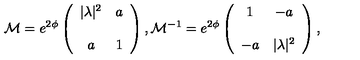
{ \cal M } = e ^ { 2 \phi } \left( \begin{array} { c c } { | \lambda | ^ { 2 } } & { a } \\ { } & { } \\ { a } & { 1 } \\ \end{array} \right) , { \cal M } ^ { - 1 } = e ^ { 2 \phi } \left( \begin{array} { c c } { 1 } & { - a } \\ { } & { } \\ { - a } & { | \lambda | ^ { 2 } } \\ \end{array} \right) ,